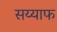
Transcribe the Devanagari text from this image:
सय्याफ